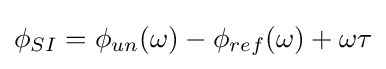
\phi _{SI}=\phi _{un}(\omega )-\phi _{ref}(\omega )+\omega \tau